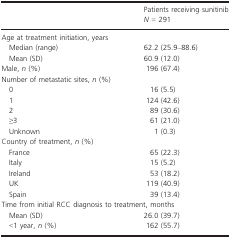
<table><thead><tr><td></td><td><b>Patients receiving sunitinib</b></td></tr><tr><td></td><td><b><i>N</i> = 291</b></td></tr></thead><tbody><tr><td colspan="2">Age at treatment initiation, years</td></tr><tr><td> Median (range)</td><td>62.2 (25.9–88.6)</td></tr><tr><td> Mean (SD)</td><td>60.9 (12.0)</td></tr><tr><td>Male, <i>n</i> (%)</td><td>196 (67.4)</td></tr><tr><td colspan="2">Number of metastatic sites, <i>n</i> (%)</td></tr><tr><td> 0</td><td>16 (5.5)</td></tr><tr><td> 1</td><td>124 (42.6)</td></tr><tr><td> 2</td><td>89 (30.6)</td></tr><tr><td> ≥3</td><td>61 (21.0)</td></tr><tr><td> Unknown</td><td>1 (0.3)</td></tr><tr><td colspan="2">Country of treatment, <i>n</i> (%)</td></tr><tr><td> France</td><td>65 (22.3)</td></tr><tr><td> Italy</td><td>15 (5.2)</td></tr><tr><td> Ireland</td><td>53 (18.2)</td></tr><tr><td> UK</td><td>119 (40.9)</td></tr><tr><td> Spain</td><td>39 (13.4)</td></tr><tr><td colspan="2">Time from initial RCC diagnosis to treatment, months</td></tr><tr><td> Mean (SD)</td><td>26.0 (39.7)</td></tr><tr><td> &lt;1 year, <i>n</i> (%)</td><td>162 (55.7)</td></tr></tbody></table>